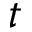
t